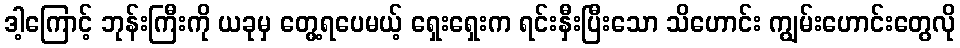
ဒါ့ကြောင့် ဘုန်းကြီးကို ယခုမှ တွေ့ရပေမယ့် ရှေးရှေးက ရင်းနှီးပြီးသော သိဟောင်း ကျွမ်းဟောင်းတွေလို